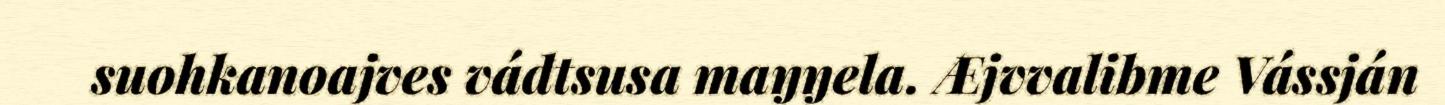
suohkanoajves vádtsusa maŋŋela. Æjvvalibme Vássján